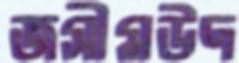
জসীমউদ